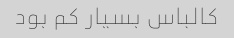
کالباس بسیار کم بود